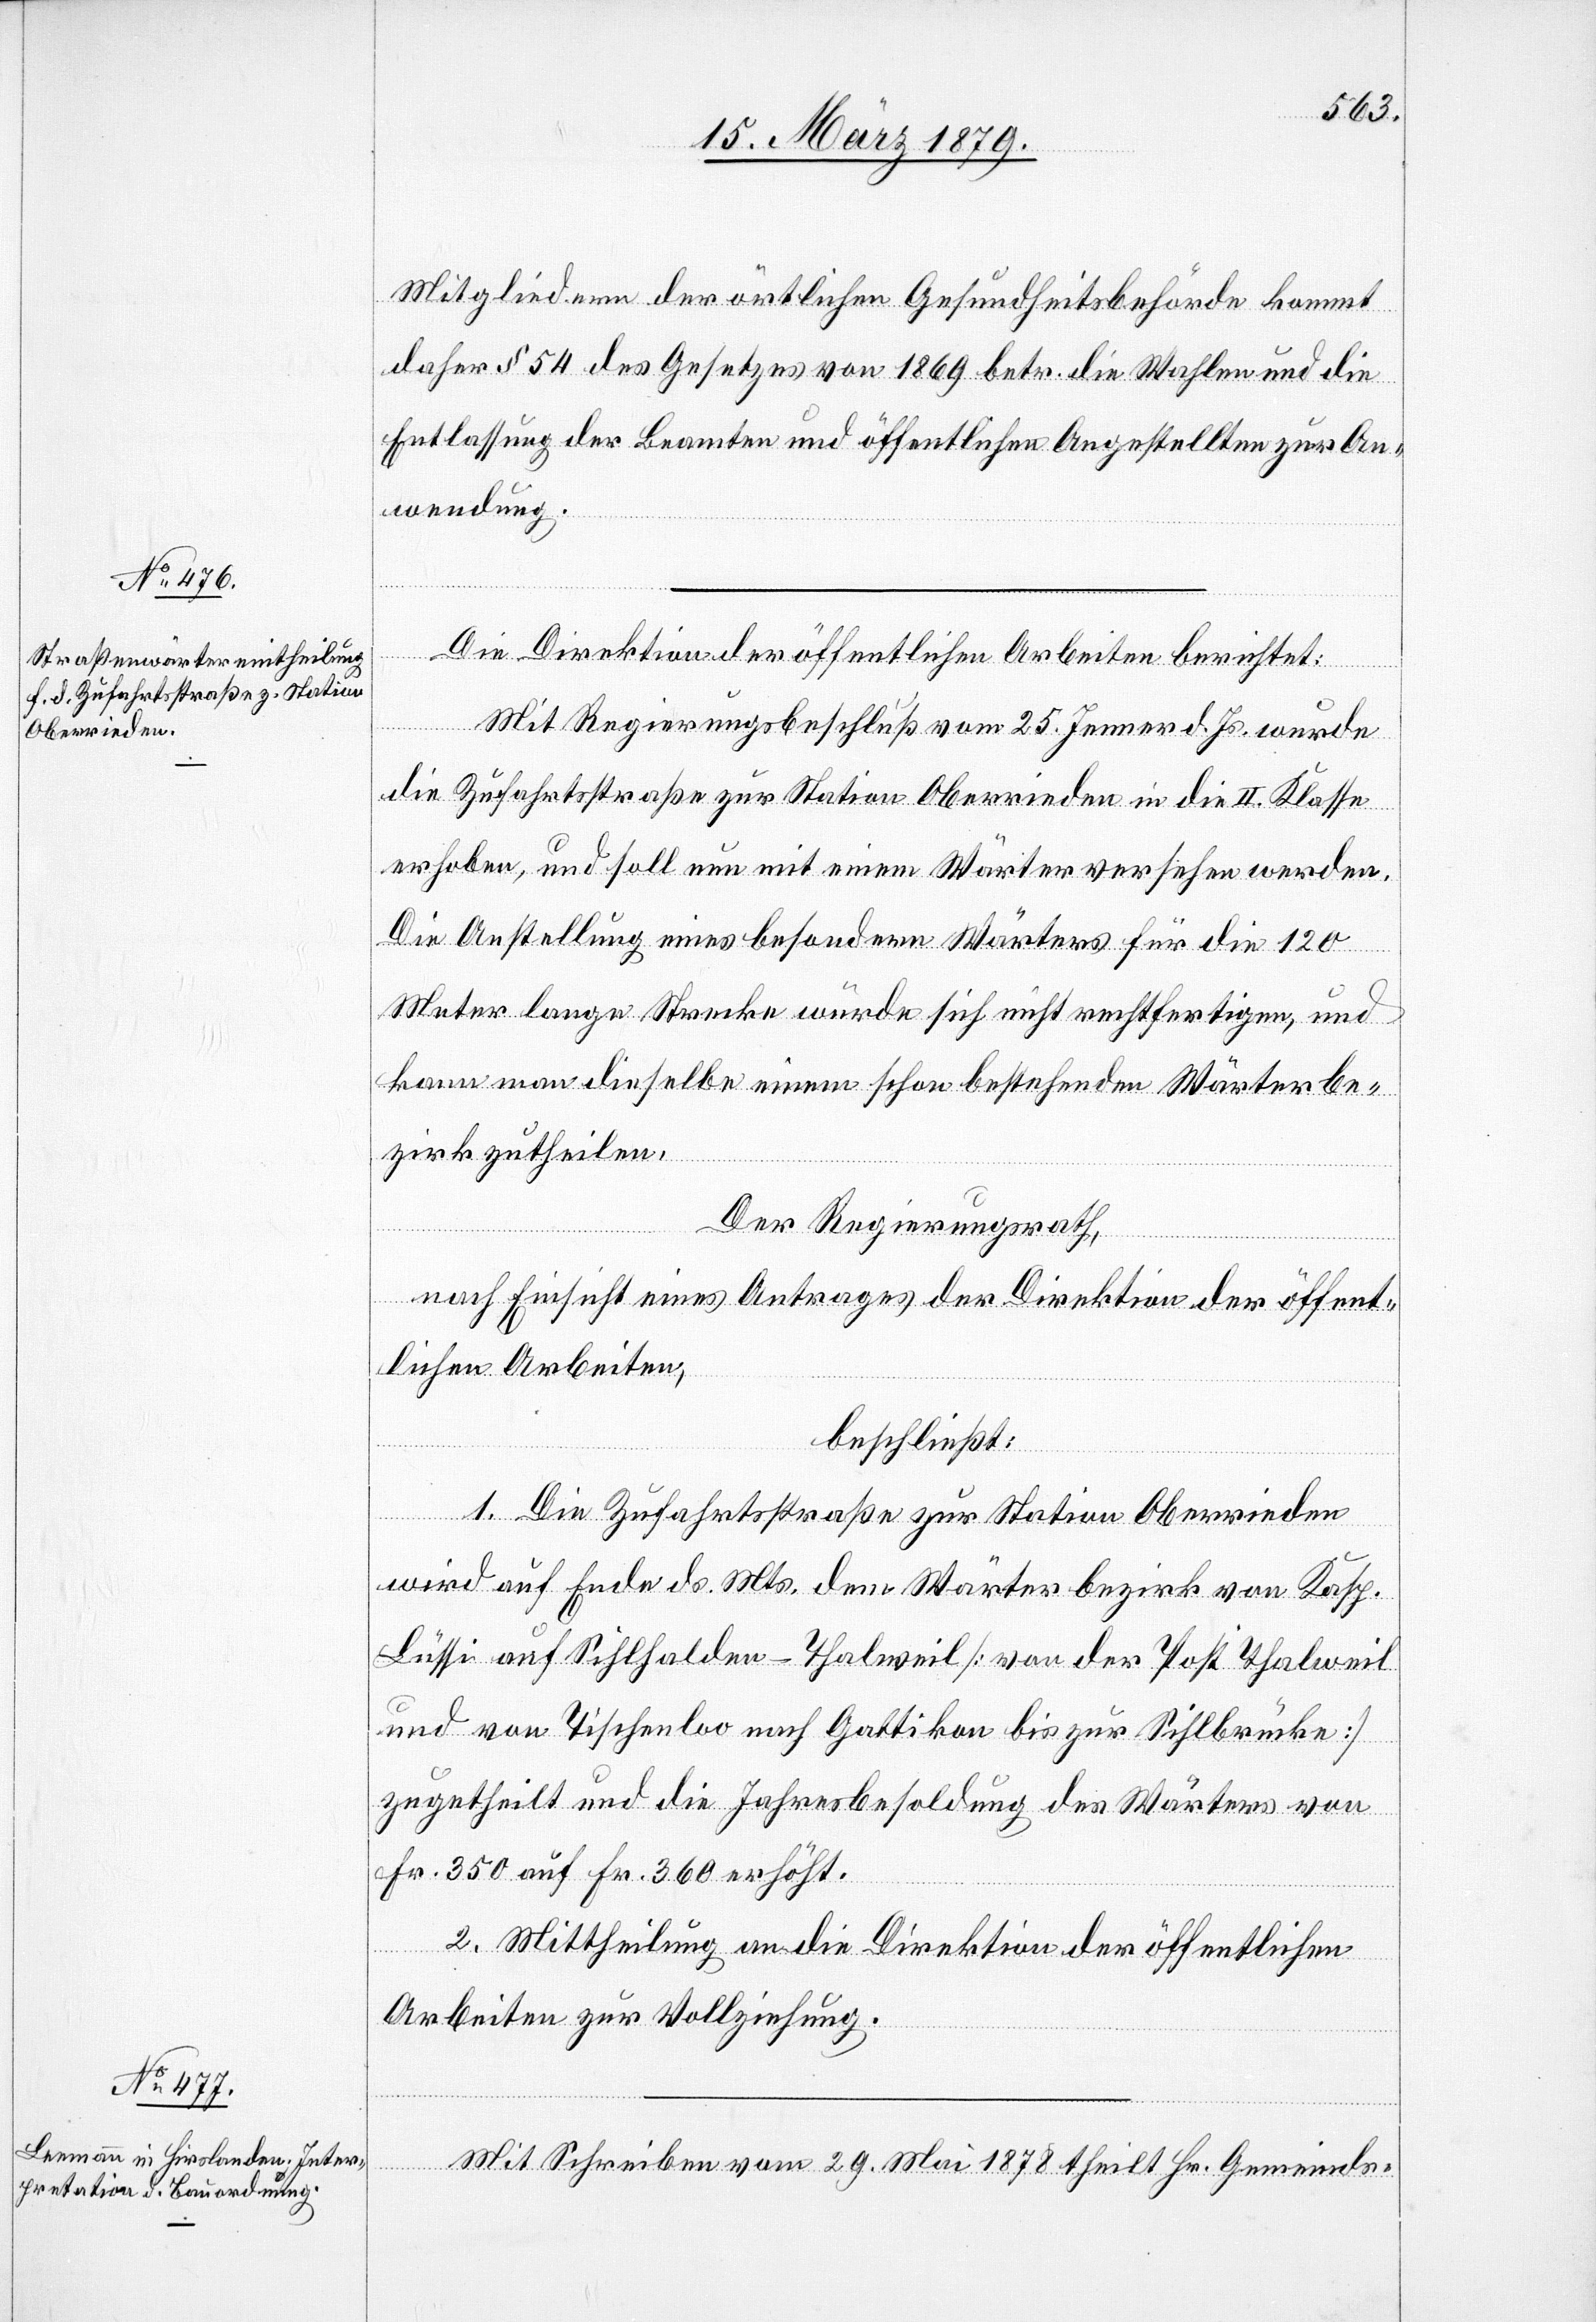
Mitgliedern der örtlichen Gesundheitsbehörde kommt
daher § 54 des Gesetzes von 1869 betr. die Wahlen und die
Entlassung der Beamten und öffentlichen Angestellten zur An¬
wendung.
Die Direktion der öffentlichen Arbeiten berichtet:
Mit Regierungsbeschluß vom 25. Jenner d. Js. wurde
die Zufahrtsstraße zur Station Oberrieden in die II. Klasse
erhoben, und soll nun mit einem Wärter versehen werden.
Die Anstellung eines besondern Wärters für die 120
Meter lange Strecke würde sich nicht rechtfertigen, und
kann man dieselbe einem schon bestehenden Wärterbe¬
zirk zutheilen.
Der Regierungsrath,
nach Einsicht eines Antrages der Direktion der öffent¬
lichen Arbeiten,
beschließt:
1. Die Zufahrtsstraße zur Station Oberrieden
wird auf Ende ds. Mts. dem Wärterbezirk von Kasp.
Lüssi auf Sihlhalden - Thalweil [von der Post Thalweil
und von Tischenloo nach Gattikon bis zur Sihlbrücke]
zugetheilt und die Jahresbesoldung des Wärters von
Fr. 350 auf Fr. 360 erhöht.
2. Mittheilung an die Direktion der öffentlichen
Arbeiten zur Vollziehung.
Mit Schreiben vom 29. Mai 1878 theilt Hr. Gemeinds-